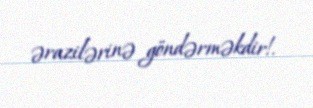
ərazilərinə göndərməkdir!.